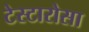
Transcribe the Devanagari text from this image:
टेस्टारोसा